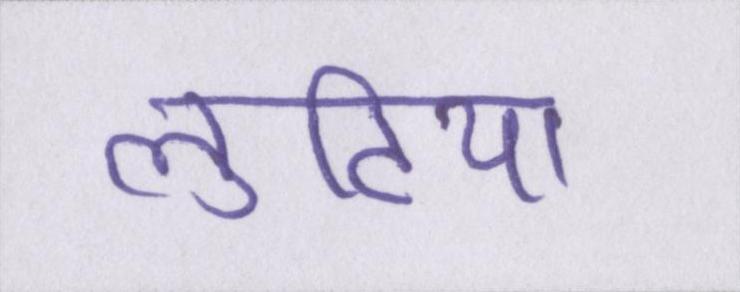
लुटिया